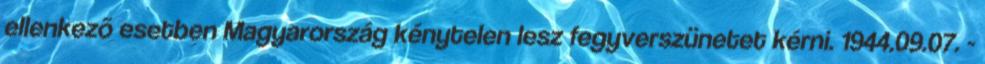
ellenkezõ esetben Magyarország kénytelen lesz fegyverszünetet kérni. 1944.09.07. -